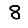
Digit: 8